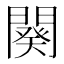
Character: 闋